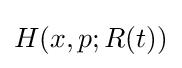
H(x,p;R(t))